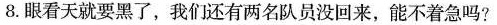
8.眼看天就要黑了，我们还有两名队员没回来，能不着急吗?